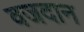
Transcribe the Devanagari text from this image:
वजदान